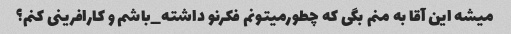
میشه این آقا به منم بگی که چطورمیتونم فکرنو داشته_باشم و کارافرینی کنم؟